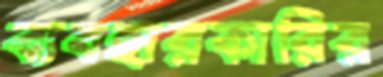
ব্যবহারকারির